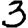
Digit: 3